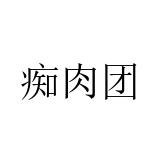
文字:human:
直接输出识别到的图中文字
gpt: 痴肉团